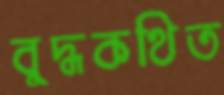
বুদ্ধকথিত